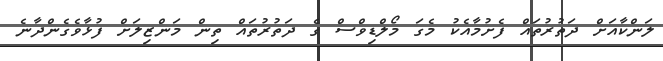
ލަންކާއަށް ދަތުރުތައް ފެށުމާއެކު މެގަ މޯލްޑިވްސް ގެ ދަތުރުތައް ތިން މަންޒިލަށް ފުޅާވެގެންދާނެ